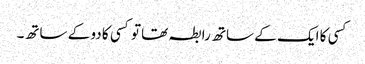
کسی کا ایک کے ساتھ رابطہ تھا تو کسی کا دو کے ساتھ۔